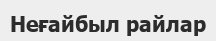
Неғайбыл райлар